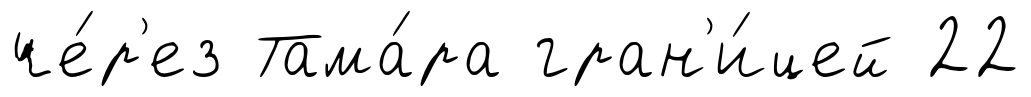
че́р'ез Тама́ра гран'и́цей 22